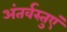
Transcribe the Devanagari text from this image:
अंतर्वस्तुएं